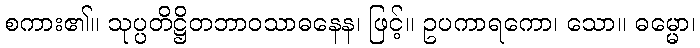
စကား၏။ သုပ္ပတိဋ္ဌိတဘာဝသာဓနေန၊ ဖြင့်။ ဥပကာရကော၊ သော။ ဓမ္မော၊